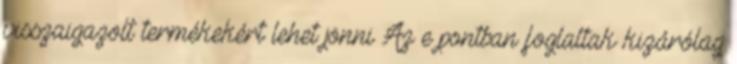
visszaigazolt termékekért lehet jönni Az e pontban foglaltak kizárólag